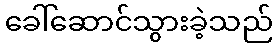
ခေါ်ဆောင်သွားခဲ့သည်